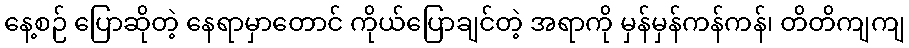
နေ့စဉ် ပြောဆိုတဲ့ နေရာမှာတောင် ကိုယ်ပြောချင်တဲ့ အရာကို မှန်မှန်ကန်ကန်၊ တိတိကျကျ